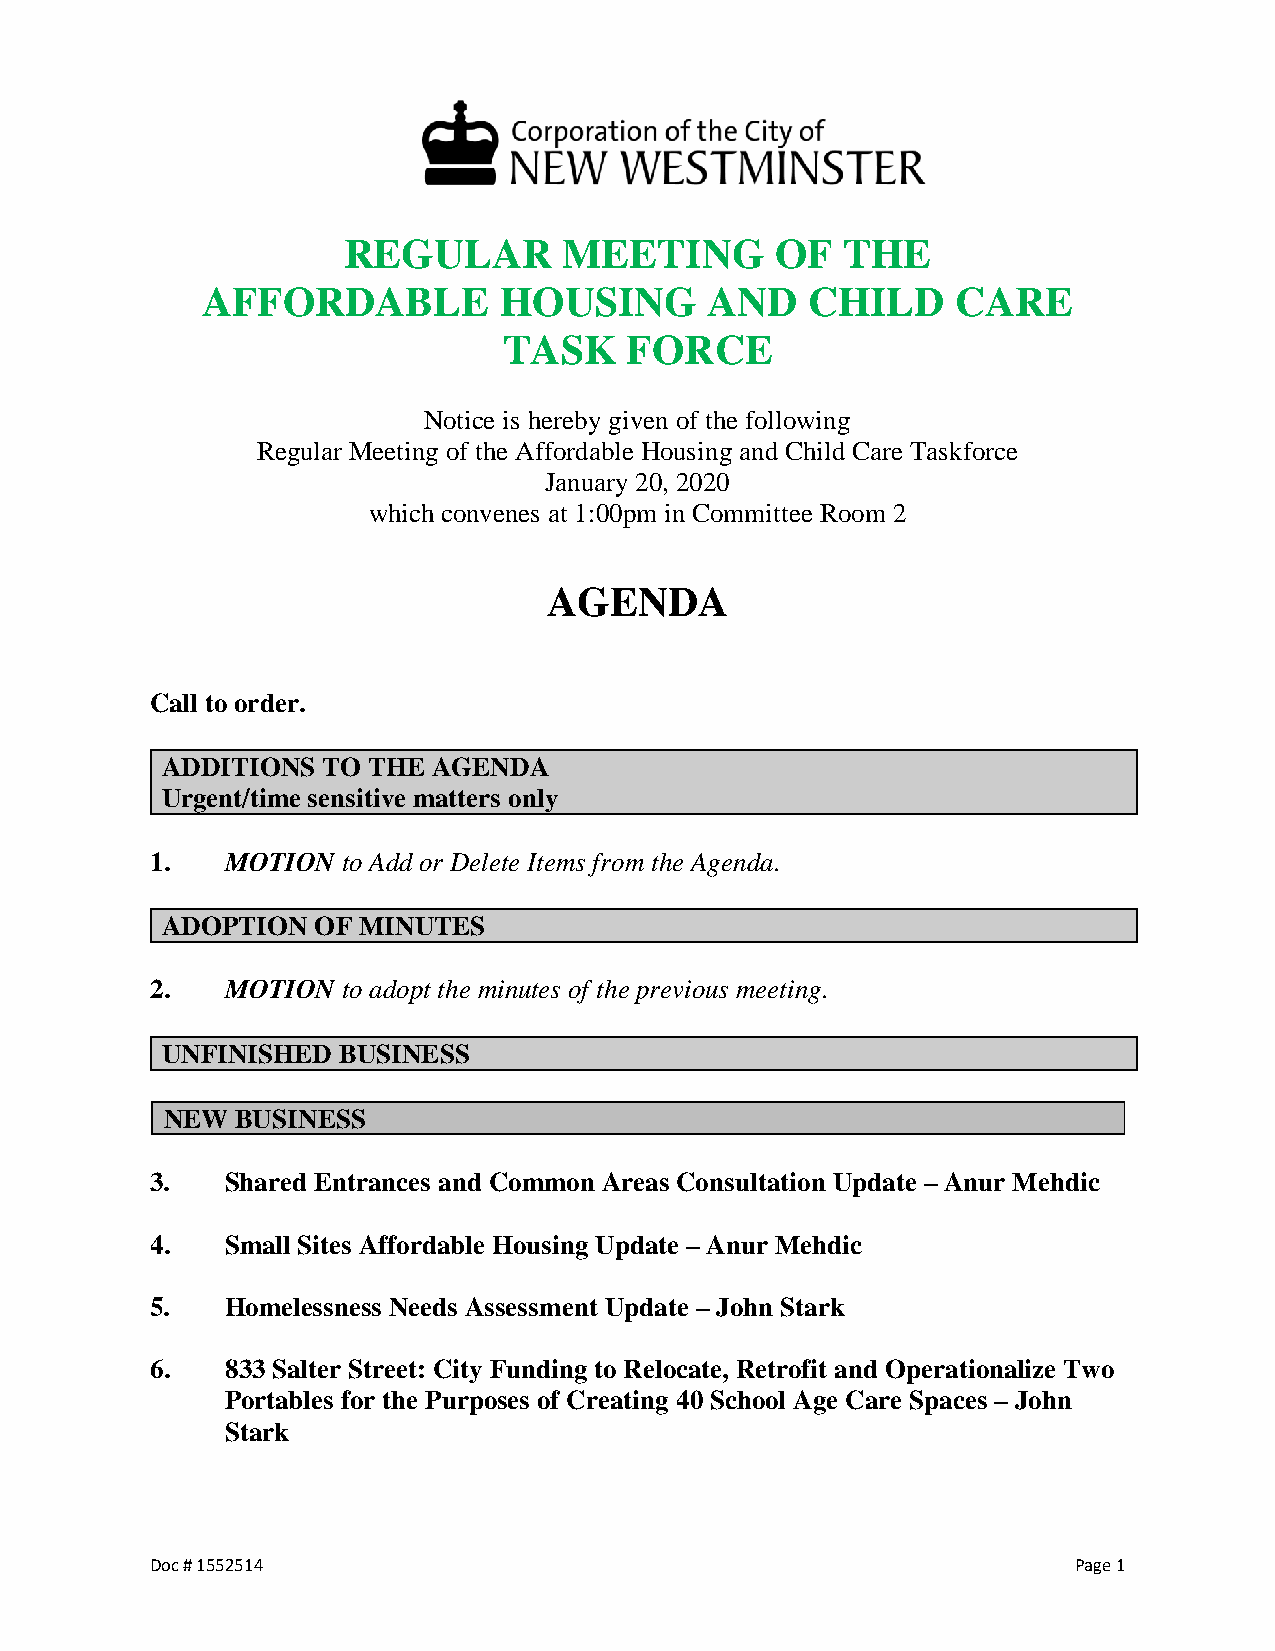
REGULAR       MEETING       OF   THE
 AFFORDABLE          HOUSING       AND   CHILD     CARE
 TASK    FORCE
 Notice is hereby given of the following
 Regular Meeting of the Affordable Housing and Child Care Taskforce
 January 20, 2020
 which convenes at 1:00pm in Committee Room 2
 AGENDA
 Call to order.
 ADDITIONS TO THE  AGENDA
 Urgent/time sensitive matters only
 1.   MOTION  to Add or Delete Items from the Agenda.
 ADOPTION  OF MINUTES
 2.   MOTION  to adopt the minutes of the previous meeting.
 UNFINISHED BUSINESS
 NEW  BUSINESS
 3.   Shared Entrances and Common Areas Consultation Update – Anur Mehdic
 4.   Small Sites Affordable Housing Update – Anur Mehdic
 5.   Homelessness Needs Assessment Update – John Stark
 6.   833 Salter Street: City Funding to Relocate, Retrofit and Operationalize Two
 Portables for the Purposes of Creating 40 School Age Care Spaces – John
 Stark
 Doc # 1552514                                                Page 1